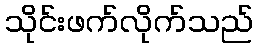
သိုင်းဖက်လိုက်သည်